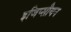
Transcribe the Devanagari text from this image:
इजिप्सीयन